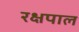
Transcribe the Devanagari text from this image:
रक्षपाल